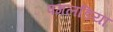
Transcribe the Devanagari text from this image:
पगलडिया